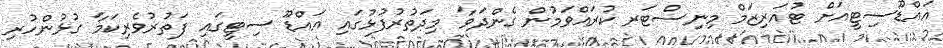
އައްޑޫސިޓީއަށް ޓުއަރިޒަމް މިނިސްޓަރ ކުރައްވަމުން ގެންދަވާ މިދަތުރުފުޅުގައި އައްޑޫ ސިޓީގައި ފަތުރުވެރިކަމާ ގުޅުންހުރި